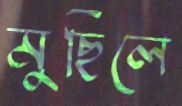
মুছিলে